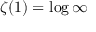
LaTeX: \zeta ( 1 ) = \log \infty